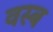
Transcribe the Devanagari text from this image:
वस्ब